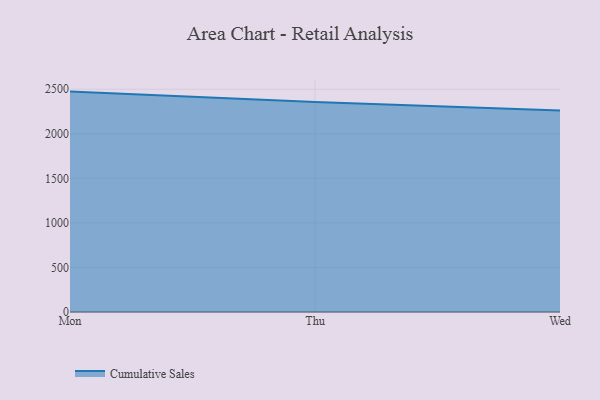
{"axis": {"x": "Day", "y": "Tickets Resolved"}, "legend": ["Cumulative Sales"], "data": [{"x": "Mon", "y": 2473.5, "type": "Cumulative Sales"}, {"x": "Thu", "y": 2356.4, "type": "Cumulative Sales"}, {"x": "Wed", "y": 2260.7, "type": "Cumulative Sales"}]}